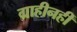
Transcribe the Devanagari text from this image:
ग्राहीनहीं